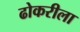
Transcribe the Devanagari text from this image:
ढोकरीला